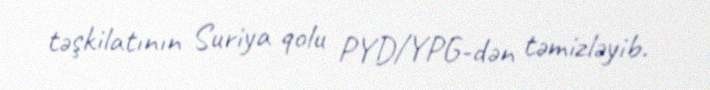
təşkilatının Suriya qolu PYD/YPG-dən təmizləyib.